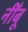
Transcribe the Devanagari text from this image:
नीँबू